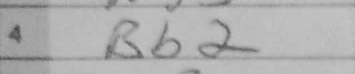
Transcription: Bb2